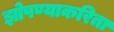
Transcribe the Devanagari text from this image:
झोपण्याकरिता